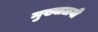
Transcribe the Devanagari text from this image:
मुख्यालयी